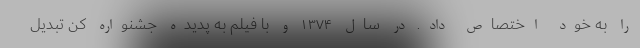
را به خود اختصاص داد. در سال ۱۳۷۴ و با فیلم به پدیده جشنواره کن تبدیل